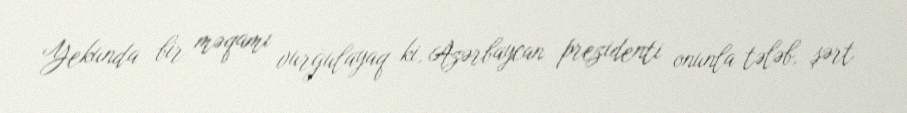
Yekunda bir məqamı vurğulayaq ki, Azərbaycan prezidenti onunla tələb, şərt